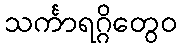
သင်္ကာရဂ္ဂိတွေဝ